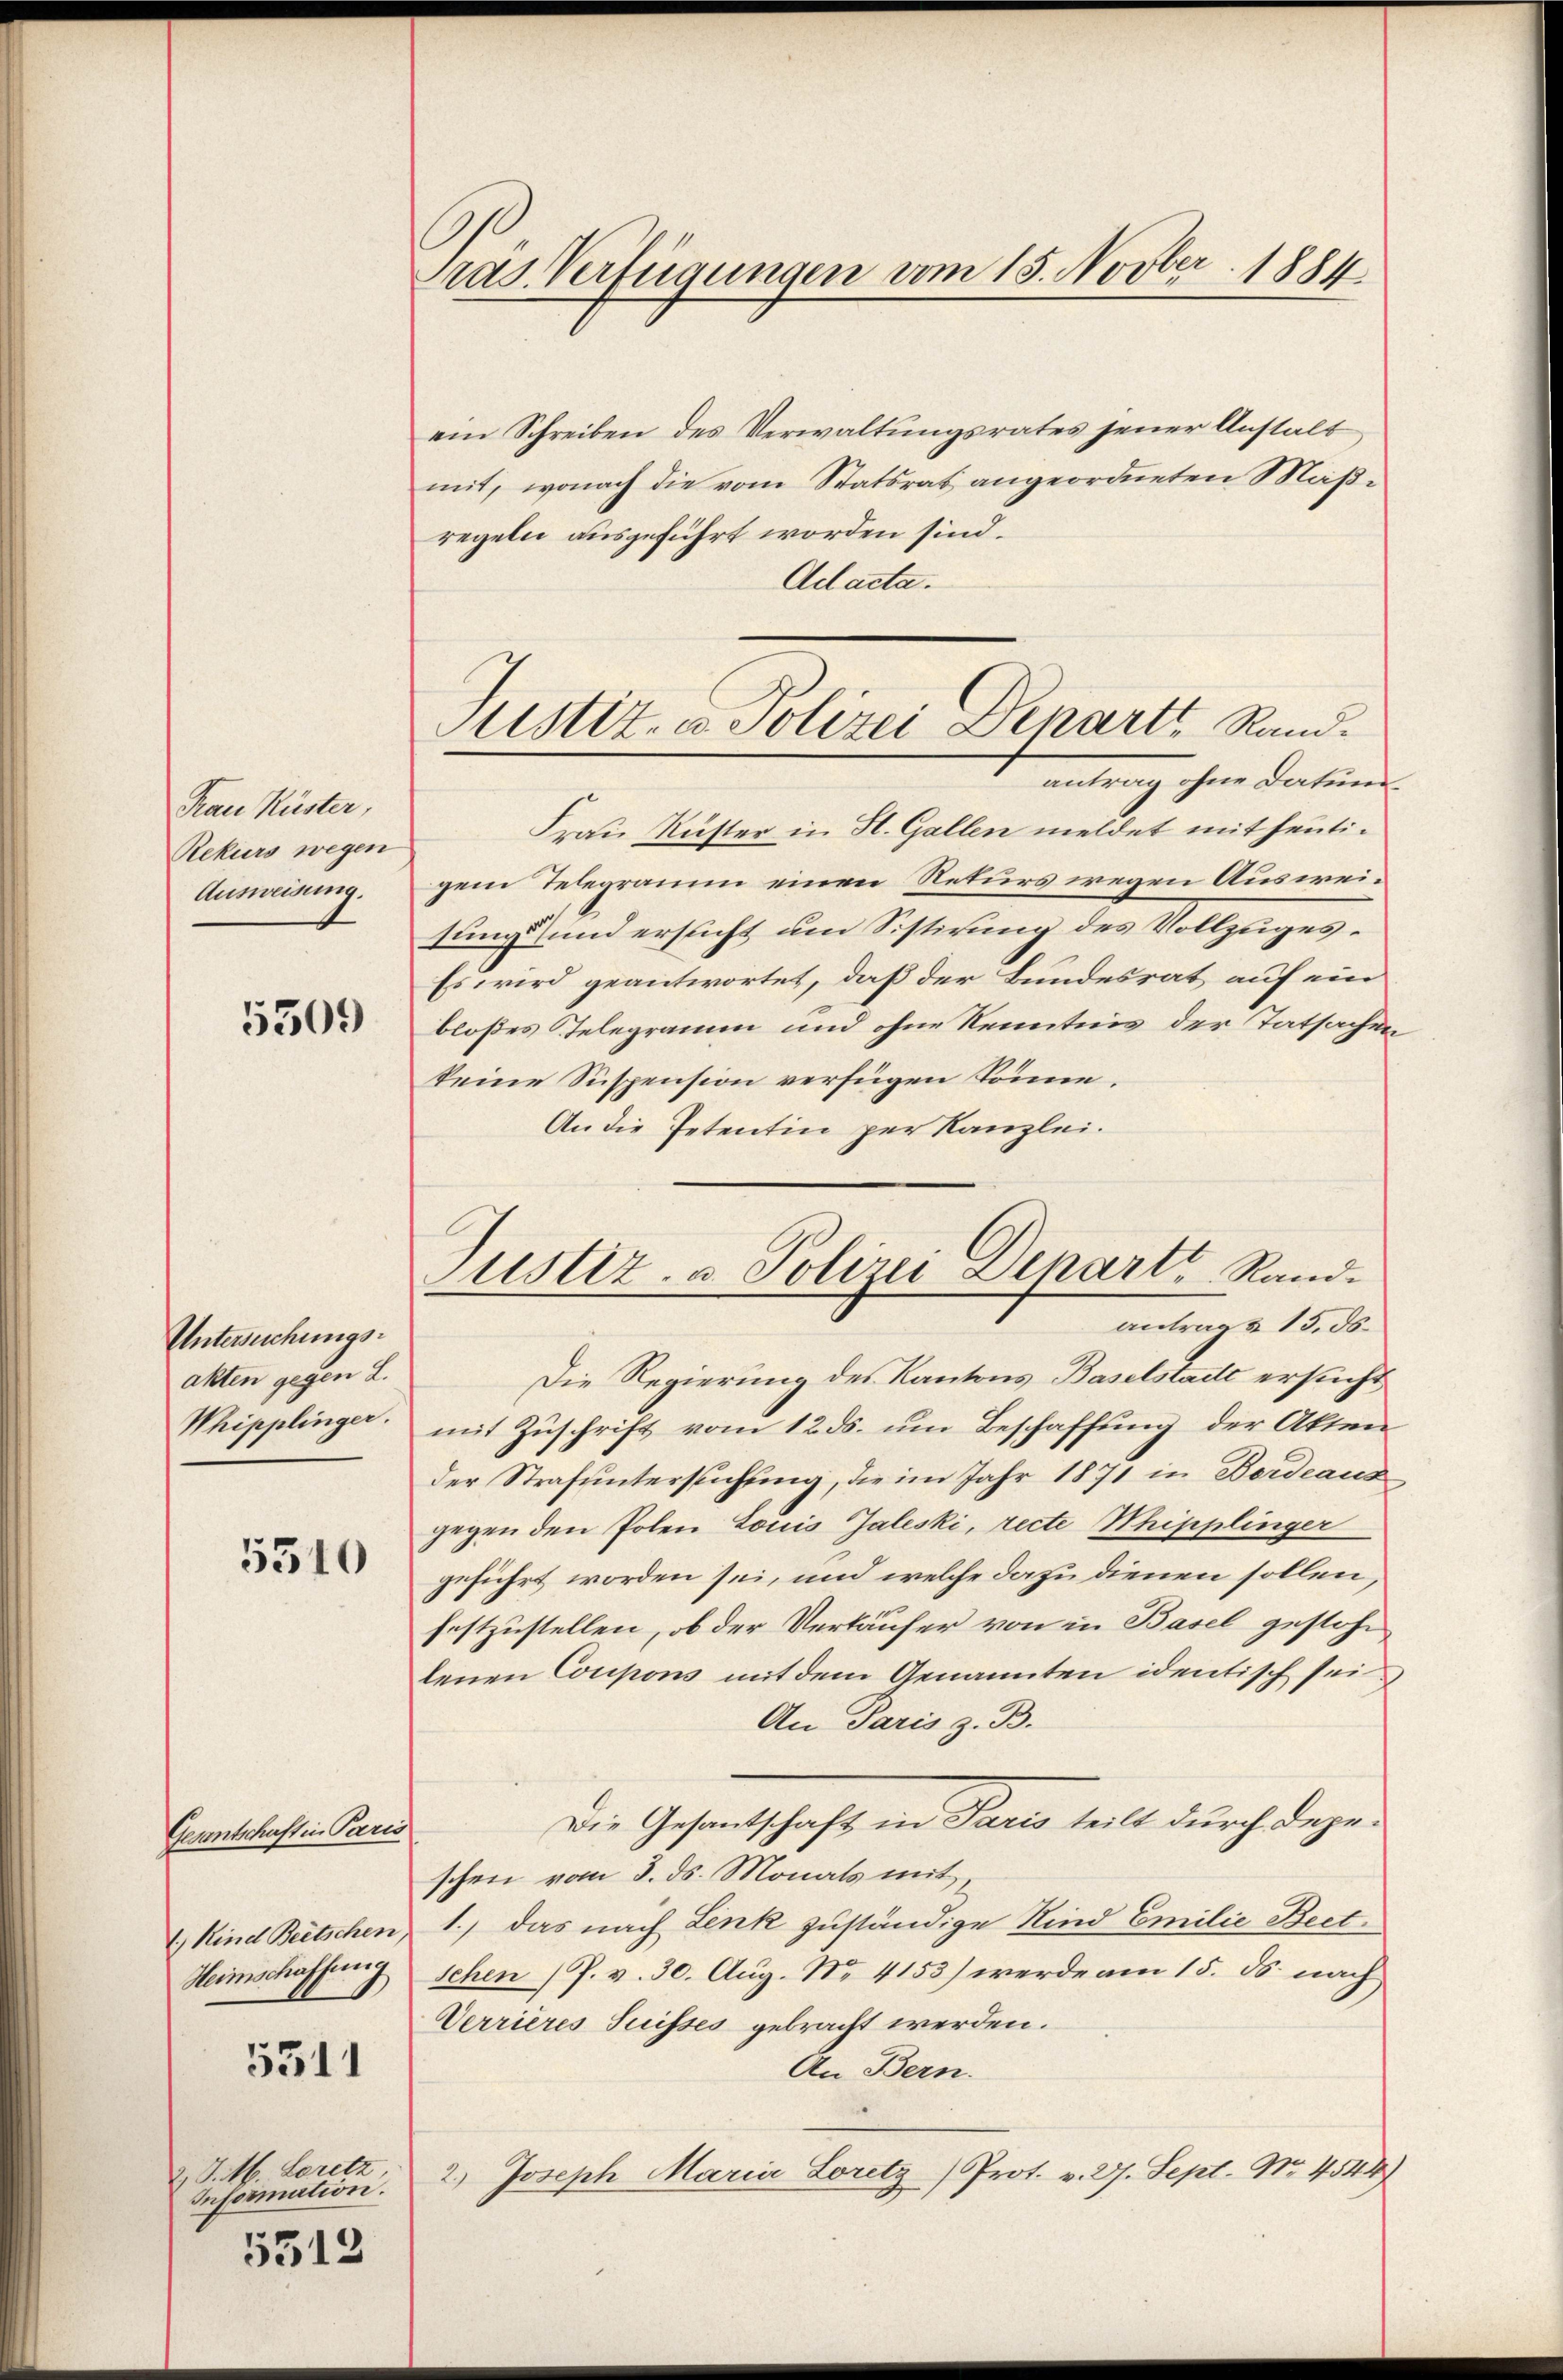
Frau Küster,
Rekurs wegen
Ausweisung.

5509

Untersuchungsakten gegen L.
Whipplinger.

5310

Genntschaften Paris
1) Kind Beetschen
Heimschaffung

5511

2 J. M. Loretz
Information.
5312

Pras. Verfügungen vom 15. Novber 1884

Justiz- u. Polizei Depart Rand.
antrag ihre Darin

Justiz- & Polizei Denart Rand-
antrag & 15. ds.

ein Schreiben des Verwaltungsrates jener Anstalt
mit, wonach die vom Statsrat angeordneten Maßregeln ausgeführt worden sind.
Adacta.
Frau Rüster in H. Gallen meldet mit heutigem Telegramm einen Rekurs wegen Ausweisung und ersucht um Sistirung des Vollzuges¬
Es wird geantwortet, daß der Bundesrat auf ein
bloßes Telegramm und ohne Kenntnis der Tatsachen
keine Suspension verfügen könne.
An die Petentin per Kanzlei.
Die Regierung des Kantons Baselstadte ersucht
mit Zuschrift vom 12. ds. um Beschaffung der Akten
der Strafuntersuchung, die im Jahr 1871 in Bordeaus
gegen den Polen Louis Taleski, recte Sipplinger
geführt worden sei, und welche dazu dienen sollen,
festzustellen, ob der Verkäufer von in Basel gestohe,
lenen Coupons mit dem Genannten identisch sei
An Paris z. B.
Die Gesantschaft in Paris teilt durch depeschen vom 3. ds. Monats mit
1., das nach Lenk zuständige Kind Emilie Beetschen (P. v. 30. Aug. No. 4153) werde am 15. ds. nach
Verrieres Suisses gebracht werden.
An Bern.
2.) Joseph Maria Loretz/Prot. v. 27. Sept. No. 4544)